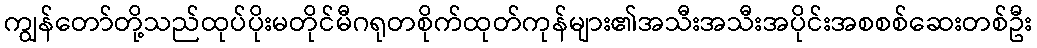
ကျွန်တော်တို့သည်ထုပ်ပိုးမတိုင်မီဂရုတစိုက်ထုတ်ကုန်များ၏အသီးအသီးအပိုင်းအစစစ်ဆေးတစ်ဦး